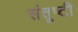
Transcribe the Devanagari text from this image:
संतुष्टी